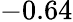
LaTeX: -0.64